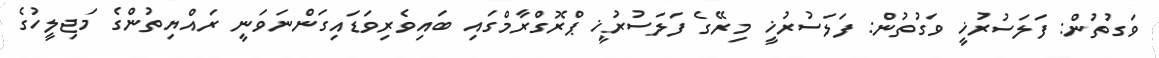
ވަގުތުން: ފަލަސުރުޚީ ވަގުތުން: ފަލަސުރުޚީ މިރޭގެ ފަލަސުރުޚީ ޕްރޮގްރާމްގައި ބައިވެރިވަޑައިގަންނަވަނީ ރައްޔިތުންގެ މަޖިލީހުގެ